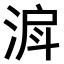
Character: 𣶉